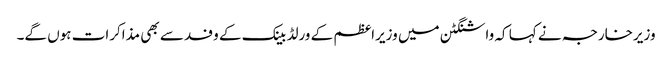
وزیرخارجہ نے کہا کہ واشنگٹن میں وزیراعظم کے ورلڈ بینک کے وفد سے بھی مذاکرات ہوں گے۔